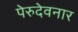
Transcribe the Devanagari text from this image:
पेरुदेवनार